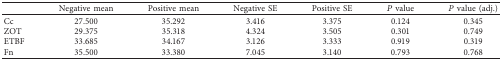
<table><thead><tr><td><b> </b></td><td><b>Negative mean</b></td><td><b>Positive mean</b></td><td><b>Negative SE</b></td><td><b>Positive SE</b></td><td><b><i>P</i> value</b></td><td><b><i>P</i> value (adj.)</b></td></tr></thead><tbody><tr><td>Cc</td><td>27.500</td><td>35.292</td><td>3.416</td><td>3.375</td><td>0.124</td><td>0.345</td></tr><tr><td>ZOT</td><td>29.375</td><td>35.318</td><td>4.324</td><td>3.505</td><td>0.301</td><td>0.749</td></tr><tr><td>ETBF</td><td>33.685</td><td>34.167</td><td>3.126</td><td>3.333</td><td>0.919</td><td>0.319</td></tr><tr><td>Fn</td><td>35.500</td><td>33.380</td><td>7.045</td><td>3.140</td><td>0.793</td><td>0.768</td></tr></tbody></table>